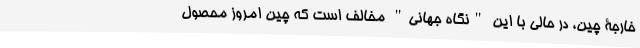
خارجۀ چین، در حالی با این "نگاه جهانی" مخالف است که چین امروز محصول